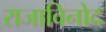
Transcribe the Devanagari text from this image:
राजाविनोद